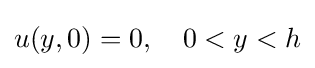
u(y,0)=0,\quad 0<y<h